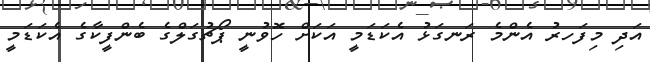
އަދި މިފަހރު އެންމެ ރަނގަޅު އެކަޑަމީ އަކަށް ހޮވުނީ ޕޯޗުގަލްގެ ބެންފީކާގެ އެކަޑަމީ